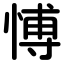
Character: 愽